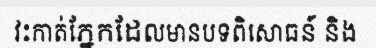
វះកាត់ភ្នែកដែលមានបទពិសោធន៍ និង